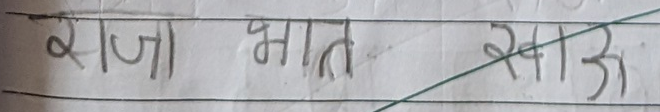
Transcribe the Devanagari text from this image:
राजा भात खाऊ